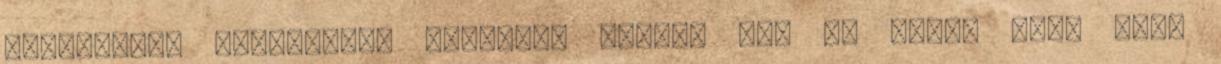
hosszútávú eredményre vezettek volna. Azt is tudni kell hogy